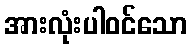
အားလုံးပါဝင်သော